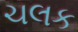
ચલક